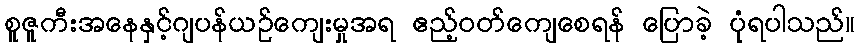
စူဇူကီးအနေနှင့်ဂျပန်ယဉ်ကျေးမှုအရ ဧည့်ဝတ်ကျေစေရန် ပြောခဲ့ ပုံရပါသည်။